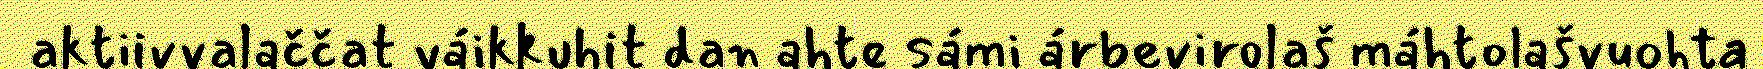
aktiivvalaččat váikkuhit dan ahte sámi árbevirolaš máhtolašvuohta